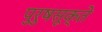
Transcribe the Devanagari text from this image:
पुरुषसूक्ते